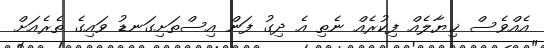
އެއްވެސް ޚިޔާލެއް ފިކުރެއް ނެތި އެ ދިގު ފަން އިސްތަށިގަނޑު ވައިގެ ތެރެއަށް